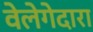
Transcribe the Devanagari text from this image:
वेलेगेदारा